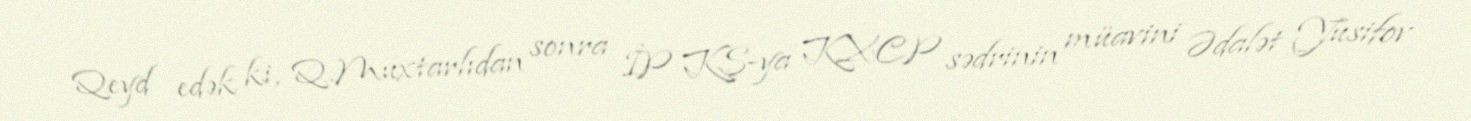
Qeyd edək ki, Q.Muxtarlıdan sonra İP KŞ-ya KXCP sədrinin müavini Ədalət Yusifov